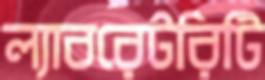
ল্যাবরেটরিটি